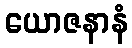
ယောဇနာနံ